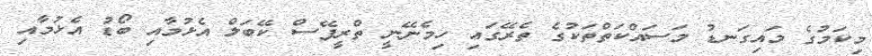
މިކަމުގެ މައިގަނޑު މަސައްކަތްތަކުގެ ތެރޭގައި ހިމެނޭނީ ތްރީފޭސް ކޭބަލް އެޅުމާއި ބޯޑު އެޅުމާއި